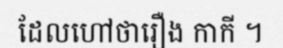
ដែលហៅថារឿង កាកី ។